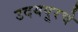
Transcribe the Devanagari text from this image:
उदयपूरचे